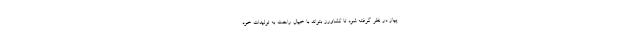
پیاز در نظر گرفته شود تا کشاورز بتواند با خیال راحت به تولیدات خود